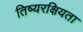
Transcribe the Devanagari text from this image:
तिष्यरक्षियता